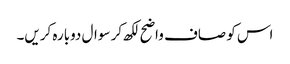
اس کو صاف واضح لکھ کر سوال دوبارہ کریں۔